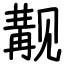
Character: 觏